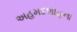
અહમદશાહના